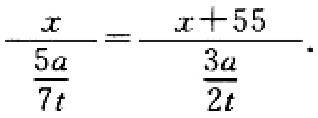
\(\frac{x}{\frac{5a}{7t}}=\frac{x + 55}{\frac{3a}{2t}}\)